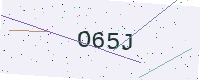
Text: O65J